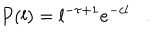
P ( l ) = l ^ { - \tau + 1 } e ^ { - c l } \, \, \, \, \, . \, \, \, \, \,